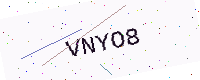
Text: VNYO8